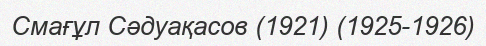
Смағұл Сәдуақасов (1921) (1925-1926)